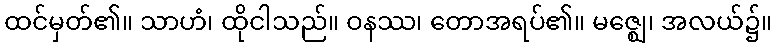
ထင်မှတ်၏။ သာဟံ၊ ထိုငါသည်။ ဝနဿ၊ တောအရပ်၏။ မဇ္ဈေ၊ အလယ်၌။